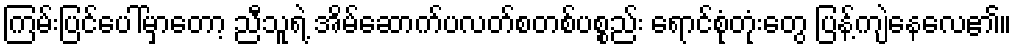
ကြမ်းပြင်ပေါ်မှာတော့ ညီသူရဲ့ အိမ်ဆောက်ပလတ်စတစ်ပစ္စည်း ရောင်စုံတုံးတွေ ပြန့်ကျဲနေလေ၏။